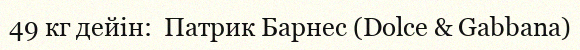
49 кг дейін:  Патрик Барнес (Dolce & Gabbana)